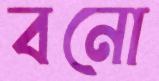
বনো